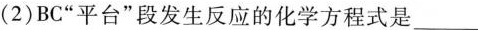
(2)BC”平台”段发生反应的化学方程式是___